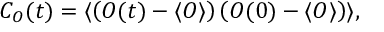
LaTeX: C _ { O } ( t ) = \langle \left( O ( t ) - \langle O \rangle \right) \left( O ( 0 ) - \langle O \rangle \right) \rangle ,